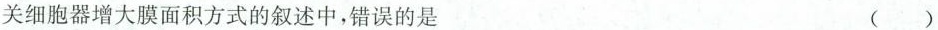
关细胞器增大膜面积方式的叙述中，错误的是 ( )